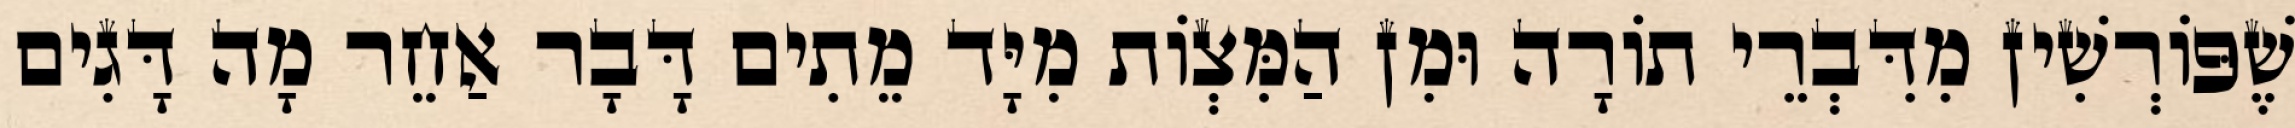
שֶׁפּוֹרְשִׁין מִדִּבְרֵי תוֹרָה וּמִן הַמִּצְוֹת מִיָּד מֵתִים דָּבָר אַחֵר מָה דָּגִים